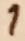
Text: 1